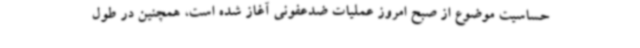
حساسیت موضوع از صبح امروز عملیات ضدعفونی آغاز شده است، همچنین در طول